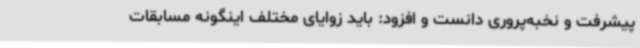
پیشرفت و نخبه‌پروری دانست و افزود: باید زوایای مختلف اینگونه مسابقات